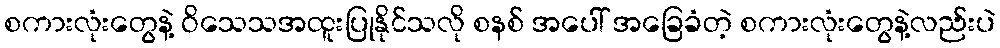
စကားလုံးတွေနဲ့ ဝိသေသအထူးပြုနိုင်သလို စနစ် အပေါ် အခြေခံတဲ့ စကားလုံးတွေနဲ့လည်းပဲ